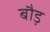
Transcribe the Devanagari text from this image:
बौड़